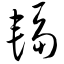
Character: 辐